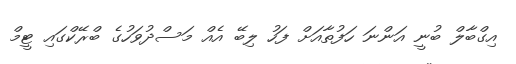
އިގްބާލް ބުނީ އަންނަ ހަފުތާއަށް ފަހު ލިބޭ އެއް މަސްދުވަހުގެ ބްރޭކްގައި ޓީމް